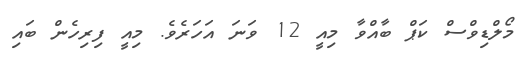
މޯލްޑިވްސް ކަޕް ބާއްވާ މިއީ 12 ވަނަ އަހަރެވެ. މިއީ ފިރިހެން ބައި